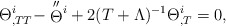
\begin{align*}\Theta^{i}_{,TT}-\stackrel{\scriptstyle\prime\prime}{\Theta}\hspace{-3.5pt}\vphantom{\Theta}^{i}+2(T+\Lambda)^{-1}\Theta^{i}_{,T}=0 ,\end{align*}